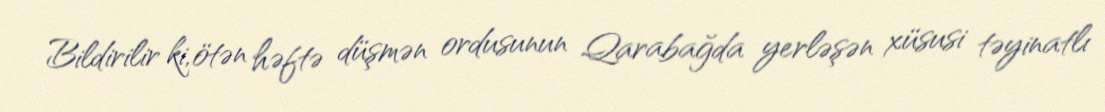
Bildirilir ki, ötən həftə düşmən ordusunun Qarabağda yerləşən xüsusi təyinatlı